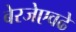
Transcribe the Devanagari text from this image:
बेरजेएवढे